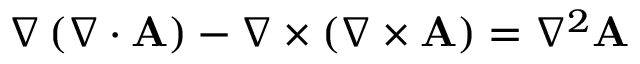
\nabla \left( \nabla \cdot \mathbf { A } \right) - \nabla \times \left( \nabla \times \mathbf { A } \right) = \nabla ^ { 2 } \mathbf { A }